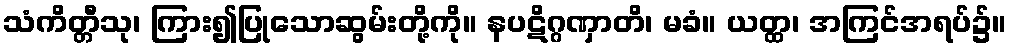
သံကိတ္တီသု၊ ကြား၍ပြုသောဆွမ်းတို့ကို။ နပဋိဂ္ဂဏှာတိ၊ မခံ။ ယတ္ထ၊ အကြင်အရပ်၌။